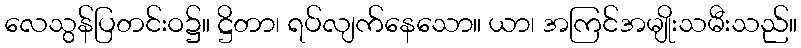
လေသွန်ပြတင်းဝ၌။ ဋ္ဌိတာ၊ ရပ်လျက်နေသော။ ယာ၊ အကြင်အမျိုးသမီးသည်။